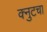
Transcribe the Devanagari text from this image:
क्नुटचा